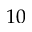
1 0